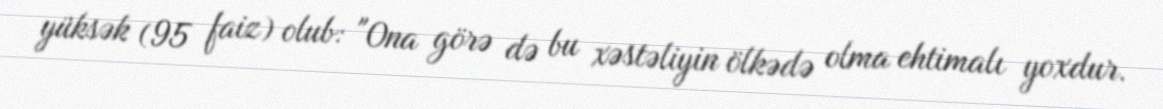
yüksək (95 faiz) olub: "Ona görə də bu xəstəliyin ölkədə olma ehtimalı yoxdur.